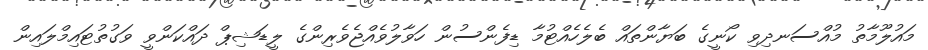
މައުލޫމާތު މުއްސަނދިވި ކޯނީގެ ބަޔާންތައް ބެލެހެއްޓުމާ ޑިފެންސުން ހަވާލުވެއްޖެވެރިންގެ ލީޑަޝިޕް ދައްކަންވީ ވަގުތުޓައިމްލައިން